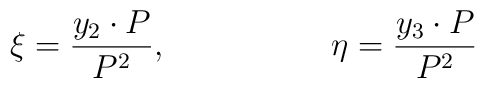
\xi ={ y_2 \cdot P  \over P^2}, \qquad \qquad   \quad  \eta = { y_3 \cdot P    \over P^2}